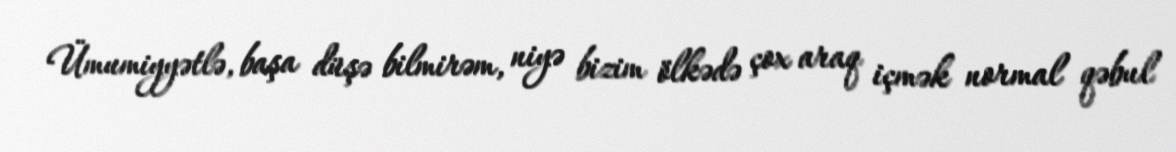
Ümumiyyətlə, başa düşə bilmirəm, niyə bizim ölkədə çox araq içmək normal qəbul